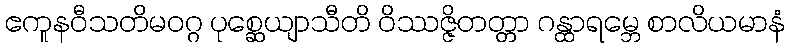
ဧကူနဝီသတိမဝဂ္ဂ ပုစ္ဆေယျာသီတိ ဝိဿဇ္ဇိတတ္တာ ဂန္ထာရမ္ဘေ စာလိယမာနံ